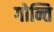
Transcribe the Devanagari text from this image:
गोन्ति